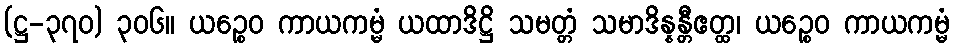
(ဋ္ဌ-၃၇၀) ၃၀၆။ ယဉ္စေဝ ကာယကမ္မံ ယထာဒိဋ္ဌိ သမတ္တံ သမာဒိန္နန္တီဧတ္ထ၊ ယဉ္စေဝ ကာယကမ္မံ